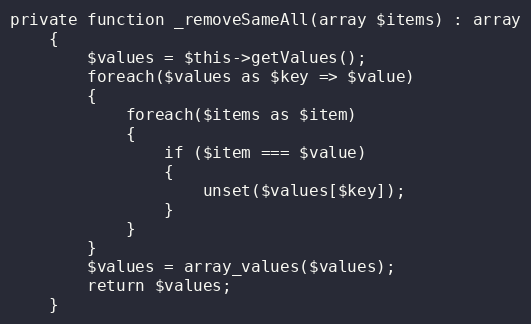
Language: PHP
private function _removeSameAll(array $items) : array
    {
        $values = $this->getValues();
        foreach($values as $key => $value)
        {
            foreach($items as $item)
            {
                if ($item === $value)
                {
                    unset($values[$key]);
                }
            }
        }
        $values = array_values($values);
        return $values;
    }